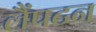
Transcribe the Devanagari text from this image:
लैंपटन